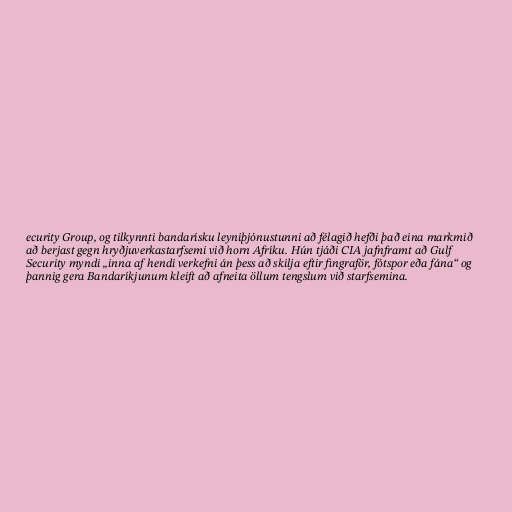
ecurity Group, og tilkynnti bandarísku leyniþjónustunni að félagið hefði það eina markmið
að berjast gegn hryðjuverkastarfsemi við horn Afríku. Hún tjáði CIA jafnframt að Gulf
Security myndi „inna af hendi verkefni án þess að skilja eftir fingraför, fótspor eða fána“ og
þannig gera Bandaríkjunum kleift að afneita öllum tengslum við starfsemina.